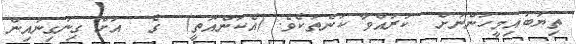
ތިޔަބައިމީހުންނަށް  ކުރައްވާ ކަންތަކެވެ. (އެކަންއޮތީ)  ގެ  އަށް ގިނަގިނައިން